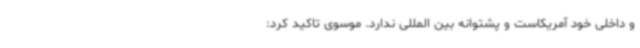
و داخلی خود آمریکاست و پشتوانه بین المللی ندارد. موسوی تاکید کرد: